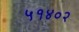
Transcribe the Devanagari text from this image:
५१४०२